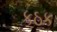
કઠક